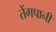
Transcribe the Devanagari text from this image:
तेंगपानी